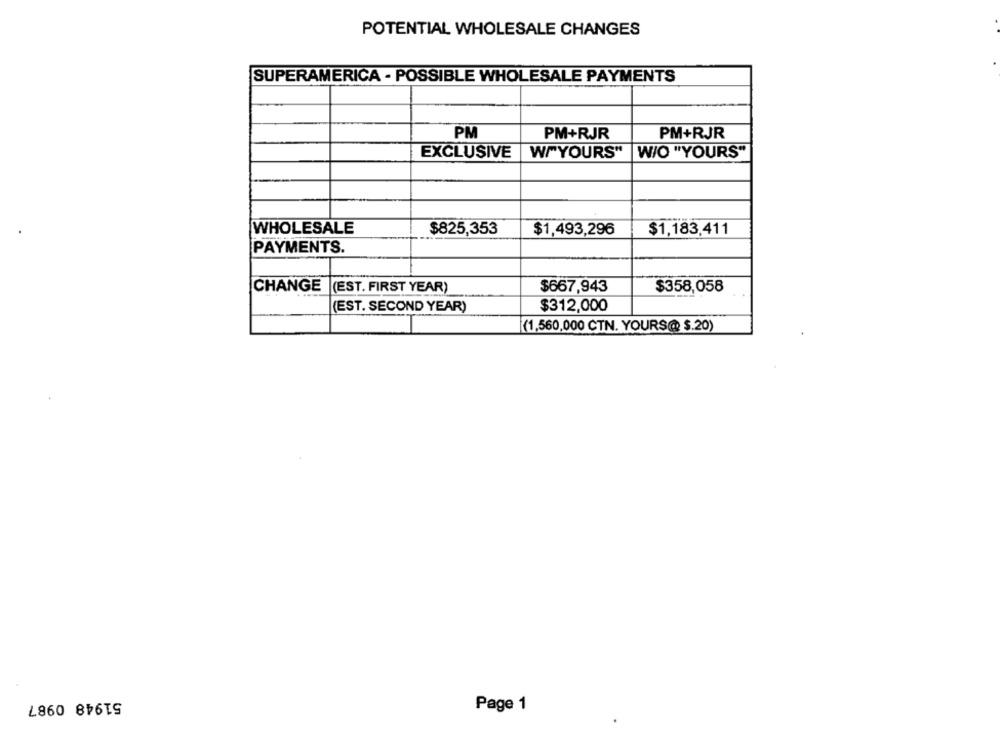
POTENTIAL WHOLESALE CHANGES
SUPERAMERICA - POSSIBLE WHOLESALE PAYMENTS
PM+RJR
PM
PM+RJR
EXCLUSIVE
W/YOURS"
W/O "YOURS"
WHOLESALE
$825,353
$1,493,296
$1,183,411
PAYMENTS.
CHANGE (EST. FIRST YEAR)
$667,943
$358,058
(EST. SECOND YEAR)
$312,000
(1,560,000 CTN. YOURS(@ $.20)
51948 0987
Page 1